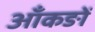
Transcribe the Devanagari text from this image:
आँकङों